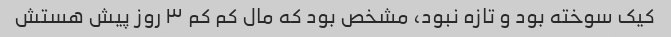
کیک سوخته بود و تازه نبود، مشخص بود که مال کم کم ۳ روز پیش هستش